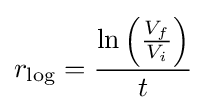
r_{\mathrm {log} }={\frac {\ln \left({\frac {V_{f}}{V_{i}}}\right)}{t}}